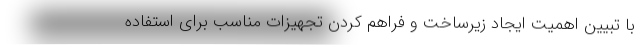
با تبیین اهمیت ایجاد زیرساخت و فراهم کردن تجهیزات مناسب برای استفاده